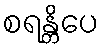
စရန္တိပေ